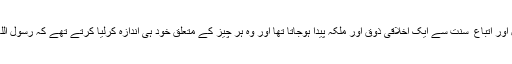
اگلے زمانہ کے مسلمانوں میں تقلید رسول اور اتباع ِ سُنت سے ایک اخلاقی ذوق اور ملکہ پیدا ہوجاتا تھا اور وہ ہر چیز کے متعلق خود ہی اندازہ کرلیا کرتے تھے کہ رسول اللہ ﷺ کا رویہ اس چیز کے متعلق کیا ہوگا۔